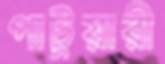
পাটুয়ারী